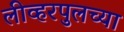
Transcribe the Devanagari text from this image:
लीव्हरपुलच्या